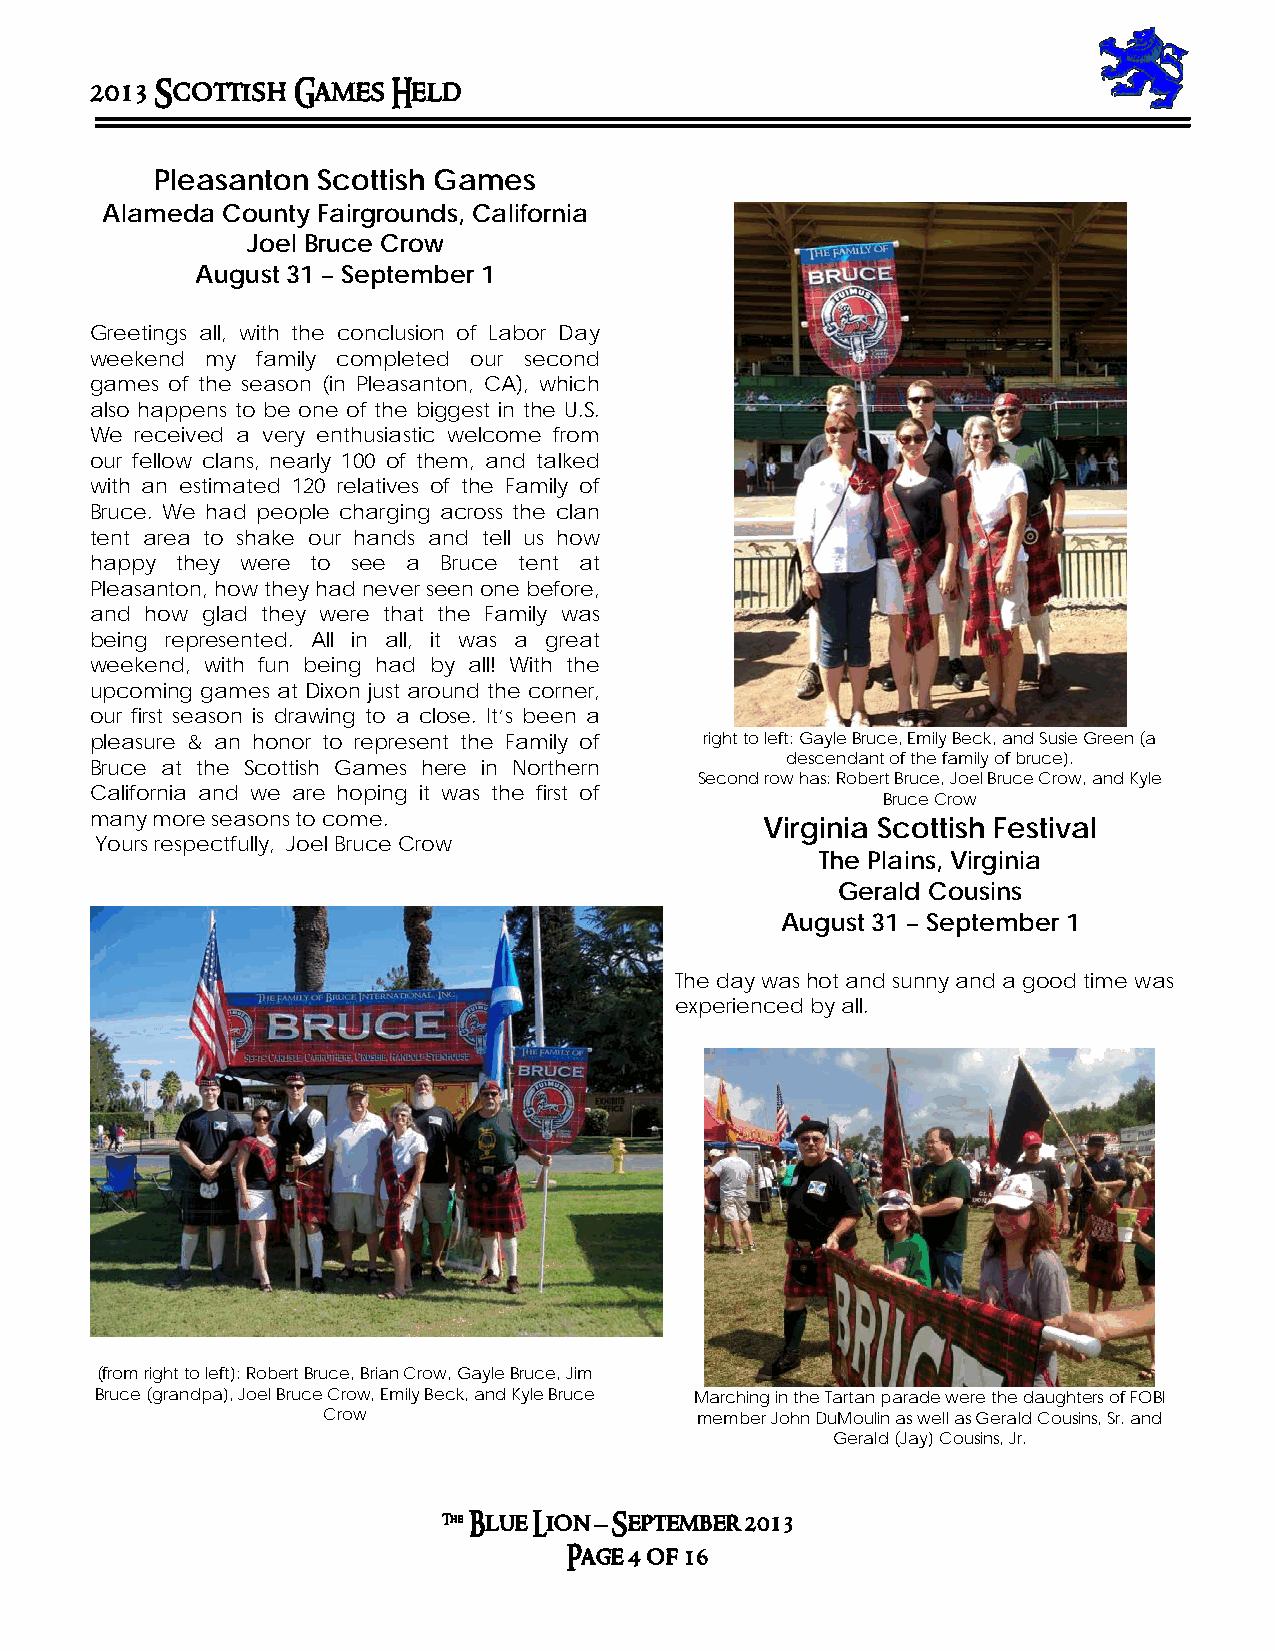
2013 Scottish Games Held
 Pleasanton Scottish Games
 Alameda County Fairgrounds, California
 Joel Bruce Crow
 August 31 – September 1
 Greetings all, with the conclusion of Labor Day
 weekend my family completed our second
 games of the season (in Pleasanton, CA), which
 also happens to be one of the biggest in the U.S.
 We received a very enthusiastic welcome from
 our fellow clans, nearly 100 of them, and talked
 with an estimated 120 relatives of the Family of
 Bruce. We had people charging across the clan
 tent area to shake our hands and tell us how
 happy they were to see a Bruce tent at
 Pleasanton, how they had never seen one before,
 and how glad they were that the Family was
 being represented. All in all, it was a great
 weekend, with fun being had by all! With the
 upcoming games at Dixon just around the corner,
 our first season is drawing to a close. It’s been a
 pleasure & an honor to represent the Family of right to left: Gayle Bruce, Emily Beck, and Susie Green (a
 descendant of the family of bruce).
 Bruce at the Scottish Games here in Northern
 Second row has: Robert Bruce, Joel Bruce Crow, and Kyle
 California and we are hoping it was the first of
 Bruce Crow
 many more seasons to come.                   Virginia Scottish Festival
 Yours respectfully, Joel Bruce Crow
 The Plains, Virginia
 Gerald Cousins
 August 31 – September 1
 The day was hot and sunny and a good time was
 experienced by all.
 (from right to left): Robert Bruce, Brian Crow, Gayle Bruce, Jim
 Bruce (grandpa), Joel Bruce Crow, Emily Beck, and Kyle Bruce Marching in the Tartan parade were the daughters of FOBI
 Crow                     member John DuMoulin as well as Gerald Cousins, Sr. and
 Gerald (Jay) Cousins, Jr.
 The Blue Lion – September 2013
 Page 4 of 16